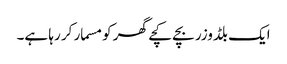
ایک بلڈوزر بچے کچے گھر کو مسمار کر رہا ہے۔